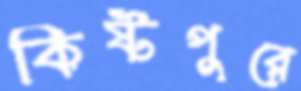
কিষ্টপুরে